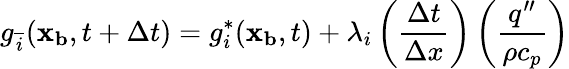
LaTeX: g_{\overline{{i}}}(\mathbf{x_{b}},t+\Delta t)=g_{i}^{*}(\mathbf{x_{b}},t)+\lambda_{i}\left(\frac{\Delta t}{\Delta x}\right)\left(\frac{q^{\prime\prime}}{\rho c_{p}}\right)